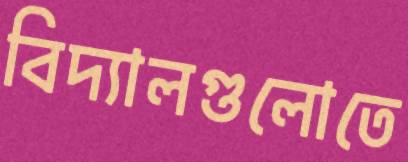
বিদ্যালগুলোতে